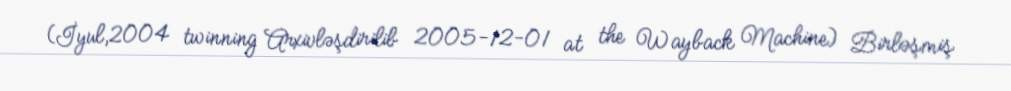
(İyul,2004 twinning Arxivləşdirilib 2005-12-01 at the Wayback Machine) Birləşmiş